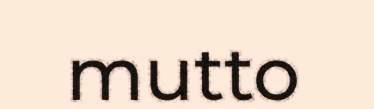
mutto